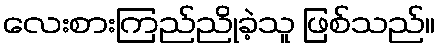
လေးစားကြည်ညိုခဲ့သူ ဖြစ်သည်။